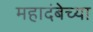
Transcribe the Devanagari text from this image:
महादंबेच्या